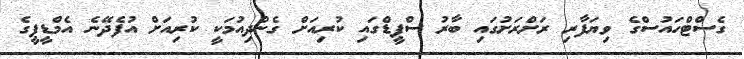
ގެސްޓްހައުސްގެ ވިޔަފާރި ރަށްރަށުގައި ބާރު ސްޕީޑްގައި ކުރިއަށް ގެންދިއުމަކީ ކުރިއަށް އުފެދޭނެ އެމްޑީޕީގެ